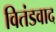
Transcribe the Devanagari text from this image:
वितंडवाद